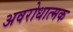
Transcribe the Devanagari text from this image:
अवरोधात्मक